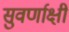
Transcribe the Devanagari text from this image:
सुवर्णाक्षी